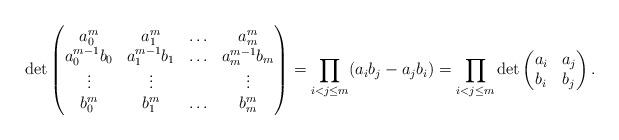
LaTeX: \begin{align*} \det \begin{pmatrix} a_0^m & a_1^m & \ldots & a_m^m \\ a_0^{m-1} b_0 & a_1^{m-1} b_1 & \ldots & a_m^{m-1} b_m \\ \vdots & \vdots & & \vdots \\ b_0^m & b_1^m & \ldots & b_m^m \\ \end{pmatrix} = \prod_{i<j \leq m} (a_i b_j - a_j b_i) = \prod_{i<j \leq m} \det \begin{pmatrix} a_i & a_j \\ b_i & b_j \end{pmatrix}.\end{align*}